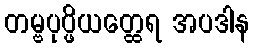
တမ္ဗပုပ္ဖိယတ္ထေရ အပဒါန